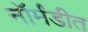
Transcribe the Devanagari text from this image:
नॉर्मंडीत